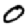
Digit: 0